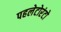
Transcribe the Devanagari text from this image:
पहलेटोरंटो